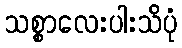
သစ္စာလေးပါးသိပုံ